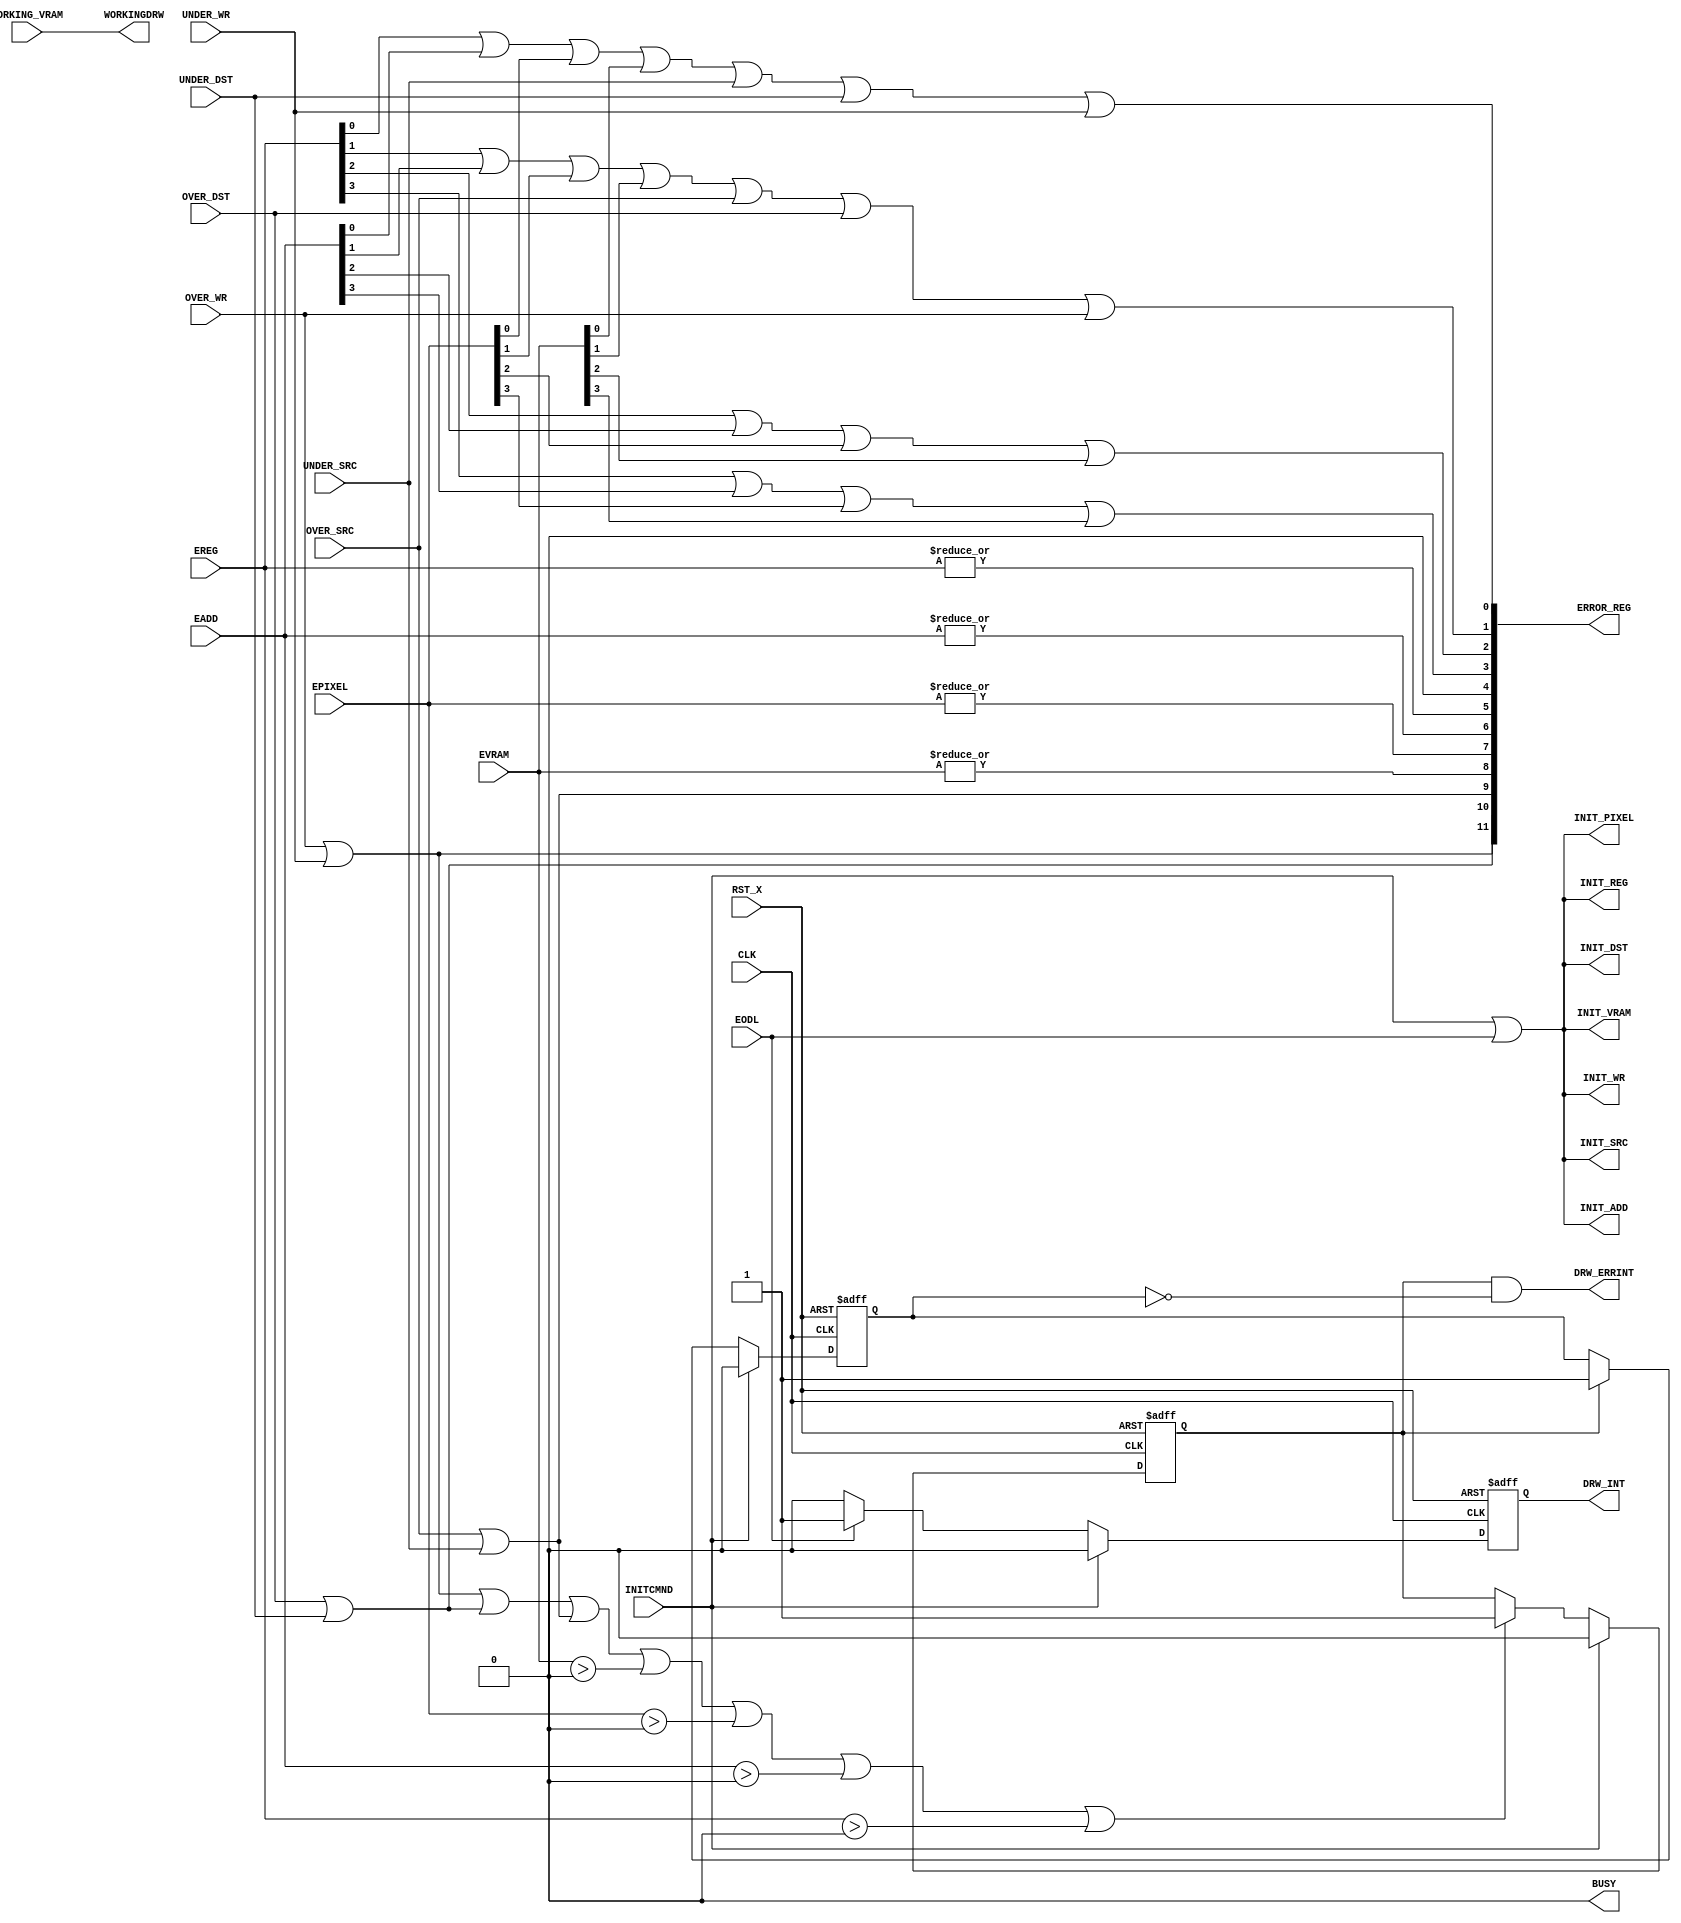
module draw_interrgen
(
  input       	CLK,
  input       	RST_X,
  input       	INITCMND,
  input       	EODL,
  input [3:0]	EREG,
  input [3:0]	EADD,
  input [3:0]	EPIXEL,
  input [3:0]	EVRAM,
  input       	OVER_SRC,
  input       	OVER_DST,
  input       	OVER_WR,
  input       	UNDER_SRC,
  input       	UNDER_DST,
  input       	UNDER_WR,
  input       	WORKING_VRAM,
  output       	INIT_REG,
  output       	INIT_ADD,
  output       	INIT_PIXEL,
  output       	INIT_VRAM,
  output       	INIT_SRC,
  output       	INIT_DST,
  output       	INIT_WR,
  output [11:0]	ERROR_REG,
  output       	DRW_ERRINT,
  output       	DRW_INT,
  output       	BUSY,
  output       	WORKINGDRW
);
// INITCMND H
wire error_src, error_dst, error_wr;
wire ierror;            // interrgen

//ERRINT
reg r_ERRINT1, r_ERRINT2;

//INT
reg r_EODL;

assign error_src = OVER_SRC | UNDER_SRC;
assign error_dst = OVER_DST | UNDER_DST;
assign error_wr = OVER_WR | UNDER_WR;
assign ierror = 0;      //

assign ERROR_REG[0] = {EREG[0] | EADD[0] | EPIXEL[0] | EVRAM[0] | UNDER_SRC | UNDER_DST | UNDER_WR};
assign ERROR_REG[1] = {EREG[1] | EADD[1] | EPIXEL[1] | EVRAM[1] | OVER_SRC | OVER_DST | OVER_WR};
assign ERROR_REG[2] = {EREG[2] | EADD[2] | EPIXEL[2] | EVRAM[2]};
assign ERROR_REG[3] = {EREG[3] | EADD[3] | EPIXEL[3] | EVRAM[3]};
assign ERROR_REG[11:4] = {error_wr, error_dst, error_src, |EVRAM, |EPIXEL, |EADD, |EREG ,ierror};

assign  INIT_REG  = INITCMND | EODL;
assign  INIT_ADD  = INITCMND | EODL;
assign  INIT_PIXEL = INITCMND | EODL;
assign  INIT_VRAM = INITCMND | EODL;
assign  INIT_SRC  = INITCMND | EODL;
assign  INIT_DST  = INITCMND | EODL;
assign  INIT_WR   = INITCMND | EODL;

//ERRINT
always @ (posedge CLK or negedge RST_X) begin
        if( !RST_X )
                r_ERRINT1 <= 0;
        else if(INITCMND)
                r_ERRINT1 <= 0;
        else if( error_wr | error_dst | error_src | EVRAM > 0 | EPIXEL > 0 | EADD > 0 | EREG > 0 | ierror)           //
                r_ERRINT1 <= 1;
end
always @ (posedge CLK or negedge RST_X) begin
        if( !RST_X )
                r_ERRINT2 <= 0;
        else if(INITCMND)
                r_ERRINT2 <= 0;
        else if( r_ERRINT1 == 1 )
                r_ERRINT2 <= 1;
end
assign DRW_ERRINT = r_ERRINT1 & ~r_ERRINT2;

//INT
always @ (posedge CLK or negedge RST_X) begin
        if( !RST_X )
                r_EODL <= 0;
        else if(INITCMND)
                r_EODL <= 0;
        else if( EODL == 1 )
                r_EODL <= 1;
        else
                r_EODL <= 0;
end
assign DRW_INT = r_EODL;

//WORKINGDRW
assign WORKINGDRW = WORKING_VRAM;

//BUSY
assign BUSY = 0;
endmodule